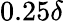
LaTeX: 0.25\delta